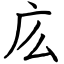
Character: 庅